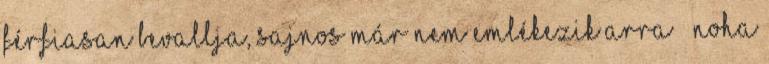
férfiasan bevallja, sajnos már nem emlékezik arra – noha